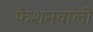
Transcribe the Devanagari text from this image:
फैशनवाली